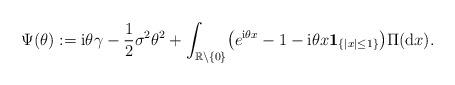
LaTeX: \begin{align*}\Psi(\theta):= \mathrm{i}\theta\gamma- \frac{1} 2\sigma^2 \theta^2 +\int_{\mathbb{R}\setminus\{0\}}\bigl(e^{\mathrm{i}\theta x}-1-\mathrm{i}\theta x{\mathbf{1}}_{\{|x|\le1\}} \bigr) \Pi(\mathrm{d}x).\end{align*}